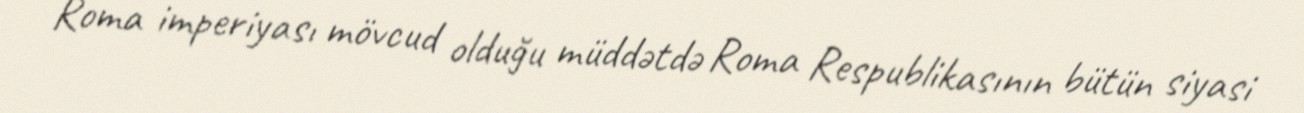
Roma imperiyası mövcud olduğu müddətdə Roma Respublikasının bütün siyasi